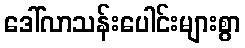
ဒေါ်လာသန်းပေါင်းများစွာ